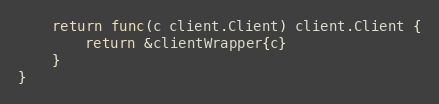
Language: Go
	return func(c client.Client) client.Client {
		return &clientWrapper{c}
	}
}